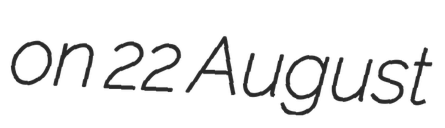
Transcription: on 22 August